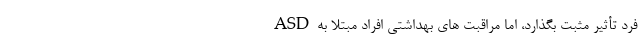
فرد تأثیر مثبت بگذارد، اما مراقبت های بهداشتی افراد مبتلا به ASD